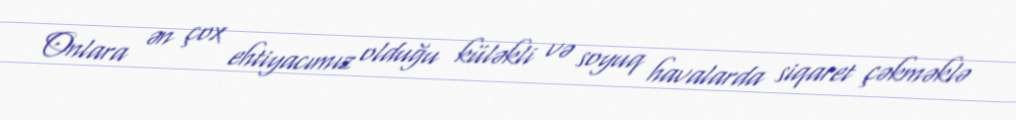
Onlara ən çox ehtiyacımız olduğu küləkli və soyuq havalarda siqaret çəkməklə